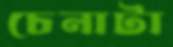
চেনাটা